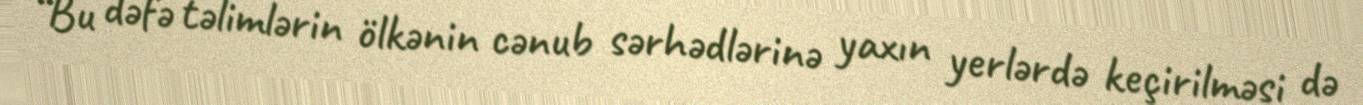
“Bu dəfə təlimlərin ölkənin cənub sərhədlərinə yaxın yerlərdə keçirilməsi də